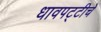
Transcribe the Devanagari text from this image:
धावपट्टीचे